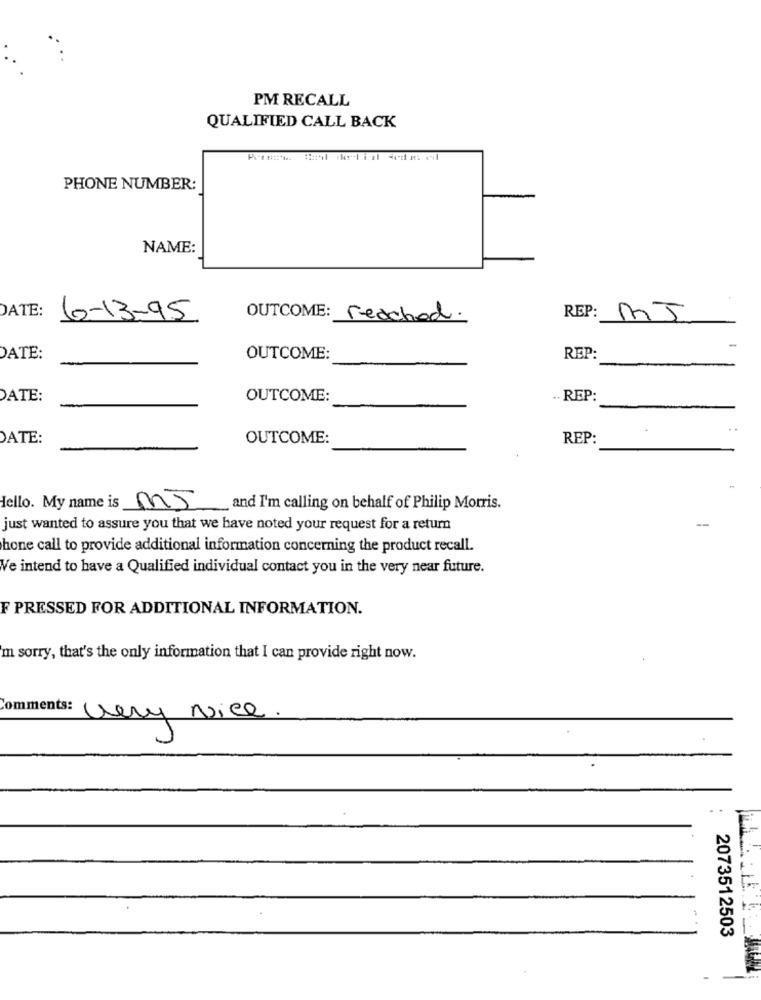
PM RECALL
QUALIFIED CALL BACK
PHONE NUMBER:
NAME:
DATE:
6-13-95
OUTCOME: reached.
REP:
MJ
DATE:
OUTCOME:
REP:
DATE:
OUTCOME:
. REP
DATE:
OUTCOME:
REP:
dello. My name is MJ
and I'm calling on behalf of Philip Morris.
-
just wanted to assure you that we have noted your request for a return
hone call to provide additional information concerning the product recall.
We intend to have a Qualified individual contact you in the very near future.
F PRESSED FOR ADDITIONAL INFORMATION.
m sorry, that's the only information that I can provide right now.
Comments:
very Nice.
2073512503